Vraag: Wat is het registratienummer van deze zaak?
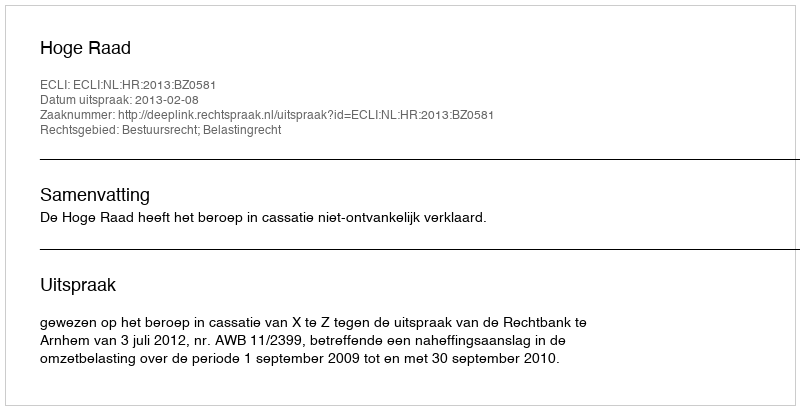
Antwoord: http://deeplink.rechtspraak.nl/uitspraak?id=ECLI:NL:HR:2013:BZ0581